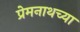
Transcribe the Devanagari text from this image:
प्रेमनाथच्या